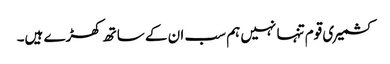
کشمیری قوم تنہا نہیں ہم سب ان کے ساتھ کھڑے ہیں۔